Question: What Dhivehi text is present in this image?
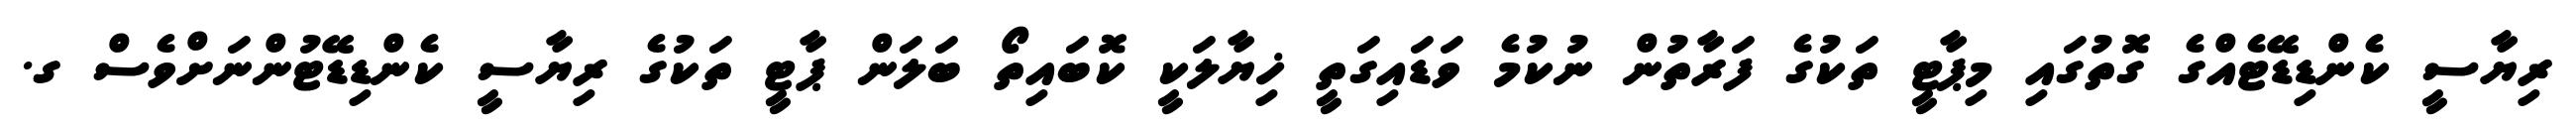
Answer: ރިޔާސީ ކެންޑިޑޭޓެއްގެ ގޮތުގައި މިޕާޓީ ތަކުގެ ފަރާތުން ނުކުމެ ވަޑައިގަތީ ޚިޔާލަކީ ކޮބައިތޯ ބަލަން ޕާޓީ ތަކުގެ ރިޔާސީ ކެންޑިޑޭޓުންނަށްވެސް ގ.